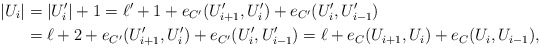
\begin{align*}|U_i|&=|U_i'|+1=\ell'+1 +e_{C'}(U_{i+1}', U_i')+e_{C'}(U_i', U_{i-1}')\\&=\ell+2 +e_{C'}(U_{i+1}', U_i')+e_{C'}(U_i', U_{i-1}')=\ell+e_C(U_{i+1}, U_i)+e_C(U_i, U_{i-1}),\end{align*}